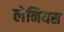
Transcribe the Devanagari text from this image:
लेनियस